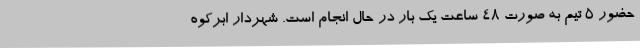
حضور 5 تیم به صورت 48 ساعت یک بار در حال انجام است. شهردار ابرکوه